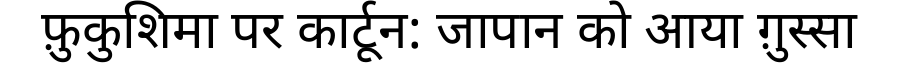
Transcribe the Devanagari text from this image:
फ़ुकुशिमा पर कार्टून: जापान को आया ग़ुस्सा